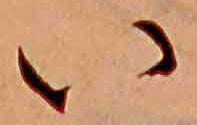
い